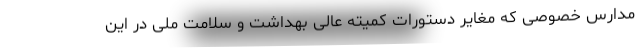
مدارس خصوصی که مغایر دستورات کمیته عالی بهداشت و سلامت ملی در این